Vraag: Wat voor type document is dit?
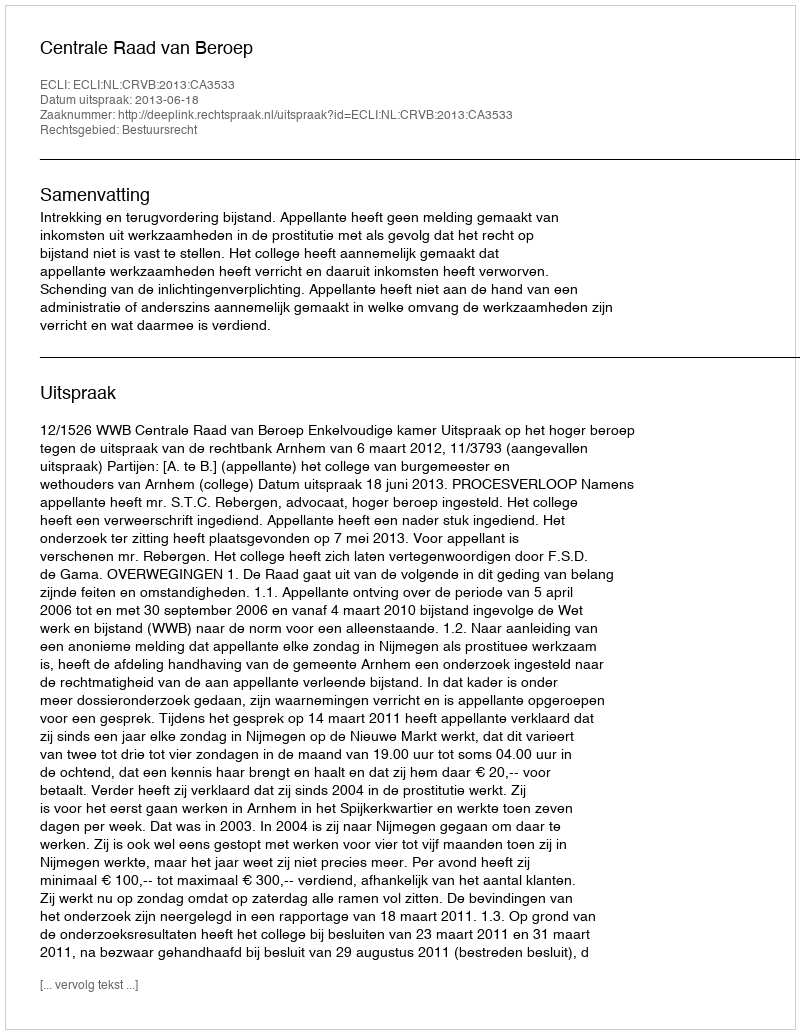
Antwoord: Uitspraak